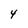
Character: 4